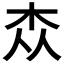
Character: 𮲭